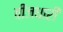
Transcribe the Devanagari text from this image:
बीजधारी